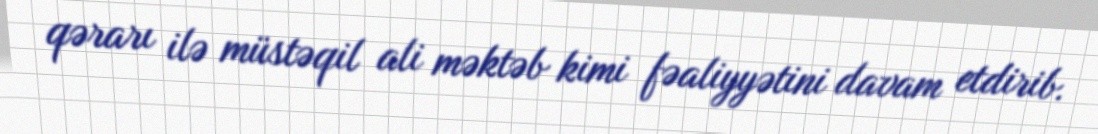
qərarı ilə müstəqil ali məktəb kimi fəaliyyətini davam etdirib.